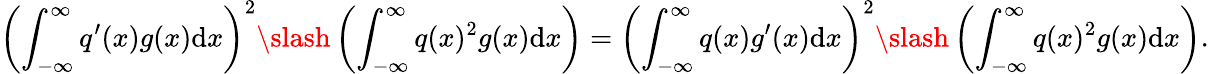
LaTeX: \left(\int_{-\infty}^{\infty}q^{\prime}(x)g(x)\mathrm{d}x\right)^{2}\slash\left(\int_{-\infty}^{\infty}q(x)^{2}g(x)\mathrm{d}x\right)=\left(\int_{-\infty}^{\infty}q(x)g^{\prime}(x)\mathrm{d}x\right)^{2}\slash\left(\int_{-\infty}^{\infty}q(x)^{2}g(x)\mathrm{d}x\right).